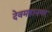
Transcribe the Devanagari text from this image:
देवमहानगर